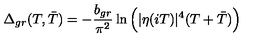
\Delta _ { g r } ( T , \bar { T } ) = - \frac { b _ { g r } } { \pi ^ { 2 } } \ln \Big ( | \eta ( i T ) | ^ { 4 } ( T + \bar { T } ) \Big )